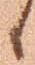
日